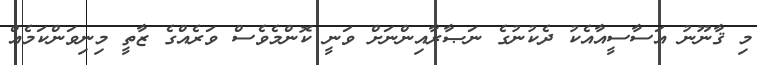
މި ޤާނޫނު އަސާސީއާއެކު ދެކުނުގެ ނަޞާރާއިންނަށް ވަނީ ކޮންމެވެސް ވަރެއްގެ ޒާތީ މިނިވަންކަމެއް